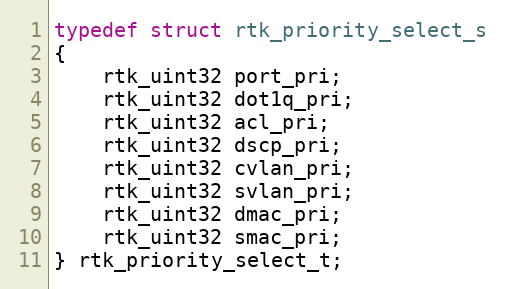
Language: C
typedef struct rtk_priority_select_s
{
    rtk_uint32 port_pri;
    rtk_uint32 dot1q_pri;
    rtk_uint32 acl_pri;
    rtk_uint32 dscp_pri;
    rtk_uint32 cvlan_pri;
    rtk_uint32 svlan_pri;
    rtk_uint32 dmac_pri;
    rtk_uint32 smac_pri;
} rtk_priority_select_t;